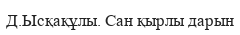
Д.Ысқақұлы. Сан қырлы дарын